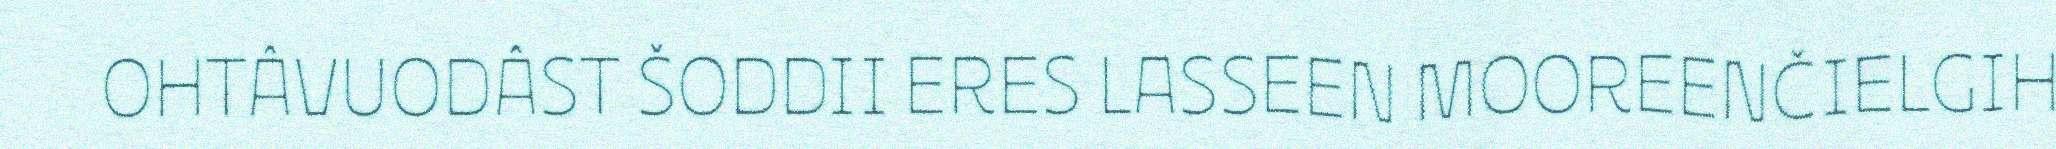
OHTÂVUODÂST ŠODDII ERES LASSEEN MOOREENČIELGIH